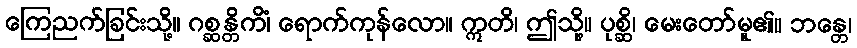
ကြေညက်ခြင်းသို့။ ဂစ္ဆန္တိကိံ၊ ရောက်ကုန်လော။ ဣတိ၊ ဤသို့။ ပုစ္ဆိ၊ မေးတော်မူ၏။ ဘန္တေ၊